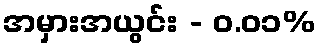
အမှားအယွင်း - ၀.၀၁%